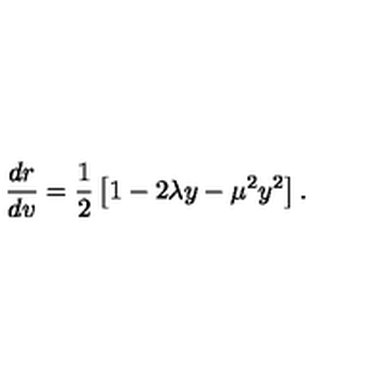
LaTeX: \frac { d r } { d v } = \frac { 1 } { 2 } \left[ 1 - 2 \lambda y - \mu ^ { 2 } y ^ { 2 } \right] .